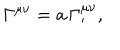
\Gamma ^ { \mu \nu } = a \, \Gamma _ { \prime } ^ { \mu \nu } ,